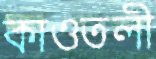
কাওতলী